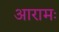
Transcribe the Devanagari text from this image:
आरामः